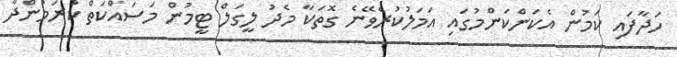
ހަދާފައި ކަމުން އެކަންކަންމުގައި އަމަލުކުރެވޭނެ ގޮތަކާ މެދު ލީގަލް ޓީމުން މަސައްކަތް ކުރަމުންދާ